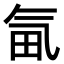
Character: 𣱟